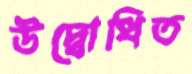
উদ্বোধিত